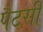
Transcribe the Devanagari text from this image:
पैटसी